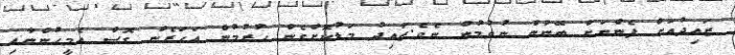
ޒައިދުއަށް ފެންނަށް ބޭނުން ނުވުމުން ނެވެ.ޒައިދު މަޑުކޮށްގެން ހުރުމުން އަހަރެން ގޮސް އެމީހުންނާއި